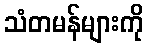
သံတမန်များကို